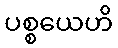
ပစ္စယေဟိ